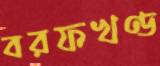
বরফখণ্ড